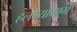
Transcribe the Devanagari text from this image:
हलण्यामागे